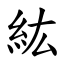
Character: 紘